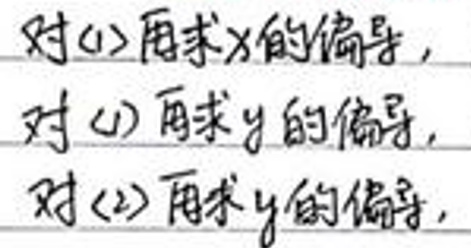
对(1)求\(x\)的偏导，

对(1)求\(y\)的偏导，

对(2)求\(y\)的偏导。